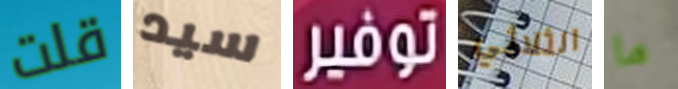
قلت سيد توفير الثلاثي ما